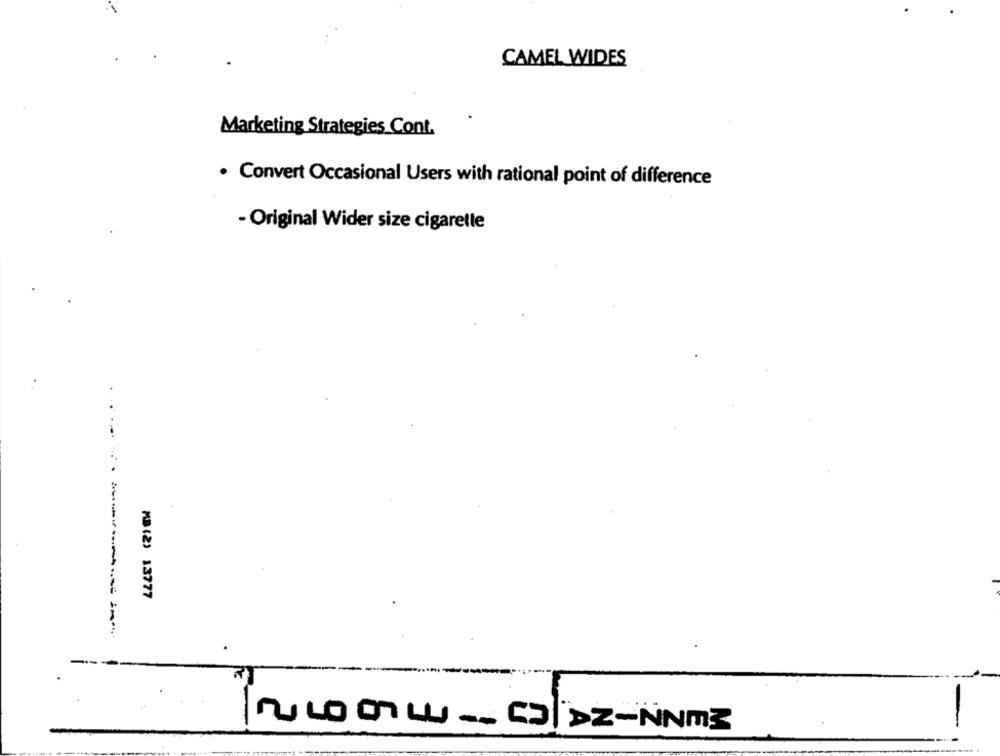
CAMEL WIDES
Marketing Strategies Cont.
. Convert Occasional Users with rational point of difference
- Original Wider size cigarette
MB (2) 13777
-
NULOOLU __ CD|DZ-NNm3